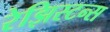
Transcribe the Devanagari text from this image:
रेझिस्टन्स